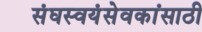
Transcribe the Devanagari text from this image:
संघस्वयंसेवकांसाठी